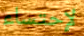
لإحتساء